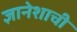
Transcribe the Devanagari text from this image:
ज्ञानेशाची